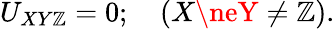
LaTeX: U_{XY\mathbb{Z}}=0;\quad(X\neY\ne\mathbb{Z}).